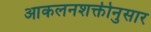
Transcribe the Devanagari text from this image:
आकलनशक्तीनुसार